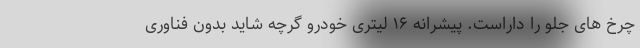
چرخ های جلو را داراست. پیشرانه ۱۶ لیتری خودرو گرچه شاید بدون فناوری